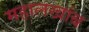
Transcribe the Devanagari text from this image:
महालखांब